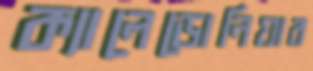
ক্যালেডোনিয়ার